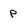
Character: P